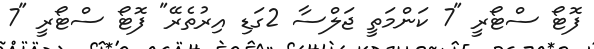
ފޮޓޯ ސްޓޯރީ "7 ކަންމަތީ ޖަލްސާ 2ގަޑި އިރުތެރޭ" ފޮޓޯ ސްޓޯރީ "7